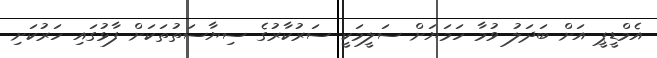
އެމްޑީޕީ އަށް ބަދަލު ވުމާ ހަމަޔަށް ސަލީމަކީ ސަރުކާރުގެ ސިޔާސަތުތަކަށް ފާޅުގައި ހަރުކަށި